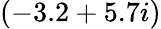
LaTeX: (-3.2+5.7i)